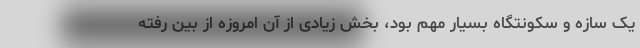
یک سازه و سکونتگاه بسیار مهم بود، بخش زیادی از آن امروزه از بین رفته